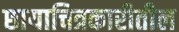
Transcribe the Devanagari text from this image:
छायाचित्रकारीतील